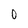
Character: 0